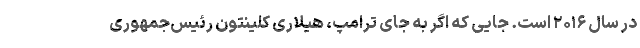
در سال ۲۰۱۶ است. جایی که اگر به‌ جای ترامپ، هیلاری کلینتون رئیس‌جمهوری